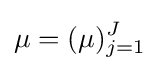
\mu =(\mu )_{j=1}^{J}